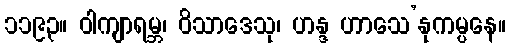
၁၁၉၃။ ဝါကျာရမ္ဘ၊ ဝိသာဒေသု၊ ဟန္ဒ ဟာသေ’နုကမ္ပနေ။